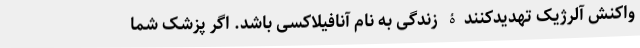
واکنش آلرژیک تهدیدکنندۀ زندگی به نام آنافیلاکسی باشد. اگر پزشک شما